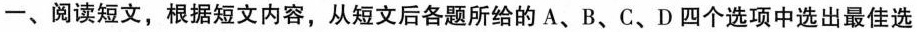
一、阅读短文，根据短文内容，从短文后各题所给的 A、B、C、D 四个选项中选出最佳选